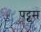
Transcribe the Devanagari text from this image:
पट्टूम